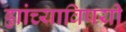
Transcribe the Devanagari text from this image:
ह्यांच्याविषयी